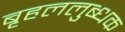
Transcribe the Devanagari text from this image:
बृहललुब्धक